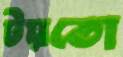
টয়তো